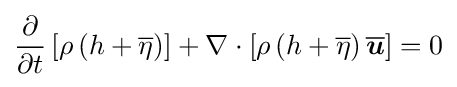
{\frac {\partial }{\partial t}}\left[\rho \left(h+{\overline {\eta }}\right)\right]+\nabla \cdot \left[\rho \left(h+{\overline {\eta }}\right){\overline {\boldsymbol {u}}}\right]=0